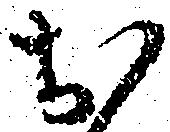
お